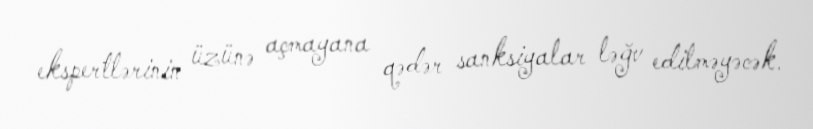
ekspertlərinin üzünə açmayana qədər sanksiyalar ləğv edilməyəcək.